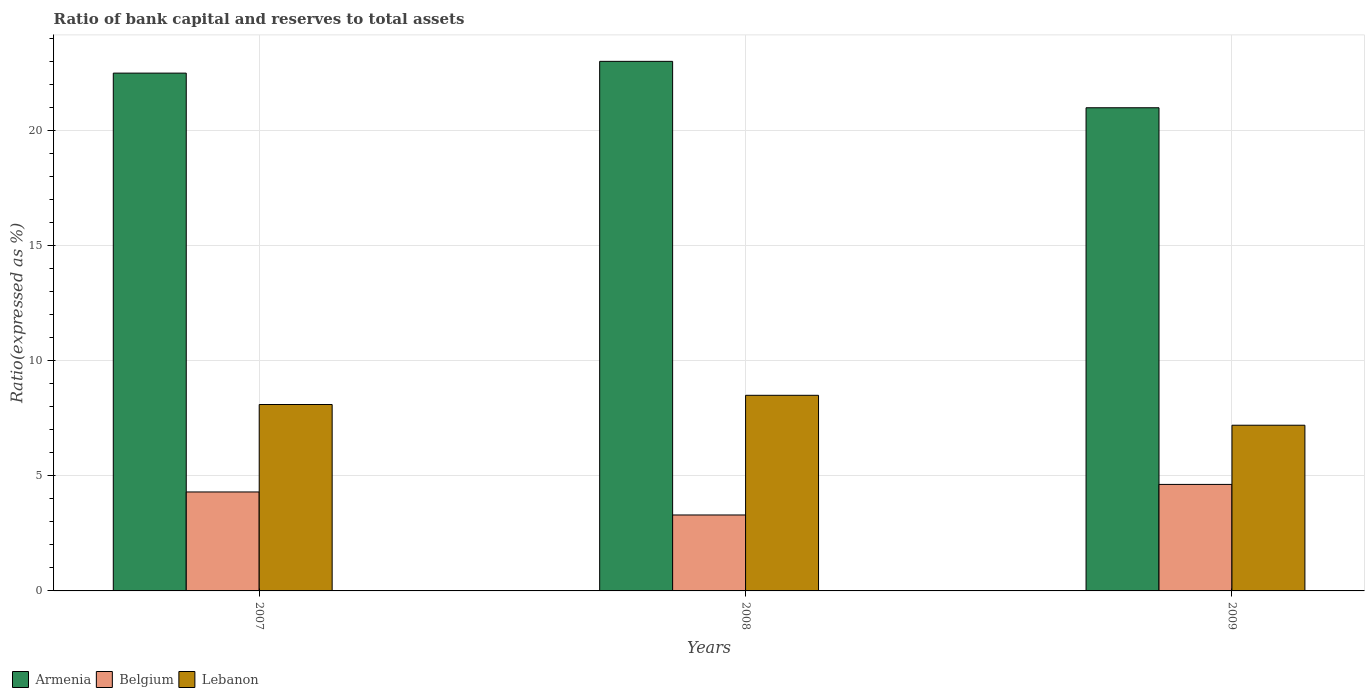
| Years | Armenia | Belgium | Lebanon |
 | --- | --- | --- | --- |
 | 2007 | 22.5 | 4.3 | 8.1 |
 | 2008 | 23 | 3.3 | 8.5 |
 | 2009 | 21 | 4.63 | 7.2 |